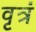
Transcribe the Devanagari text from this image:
वृत्रं